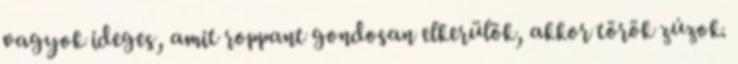
vagyok ideges, amit roppant gondosan elkerülök, akkor török zúzok.